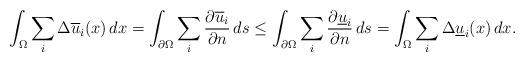
LaTeX: \begin{align*}\int_{\Omega}\sum_{i} \Delta \overline{u}_{i}(x)\, dx= \int_{\partial \Omega}\sum_{i} \frac{\partial \overline{u}_{i} } {\partial n} \, ds \le \int_{\partial \Omega} \sum_{i}\frac{\partial \underline{u}_{i} } {\partial n} \, ds= \int_{\Omega}\sum_{i} \Delta \underline{u}_{i}(x)\, dx. \end{align*}